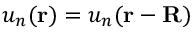
u _ { n } ( \mathbf { r } ) = u _ { n } ( \mathbf { r - R } )